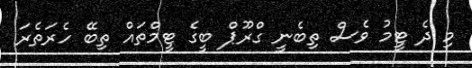
މި ދެ ޓީމު ވެސް ތިބެނީ ގްރޫޕް ބީގެ ޓީމްތައް ތިބޭ ހެރަތެރަ